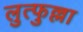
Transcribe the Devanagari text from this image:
लुत्फुल्ला